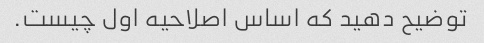
توضیح دهید که اساس اصلاحیه اول چیست.